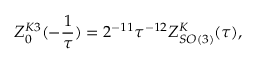
Z _ { 0 } ^ { K 3 } ( - \frac { 1 } { \tau } ) = 2 ^ { - 1 1 } \tau ^ { - 1 2 } Z _ { S O ( 3 ) } ^ { K } ( \tau ) ,